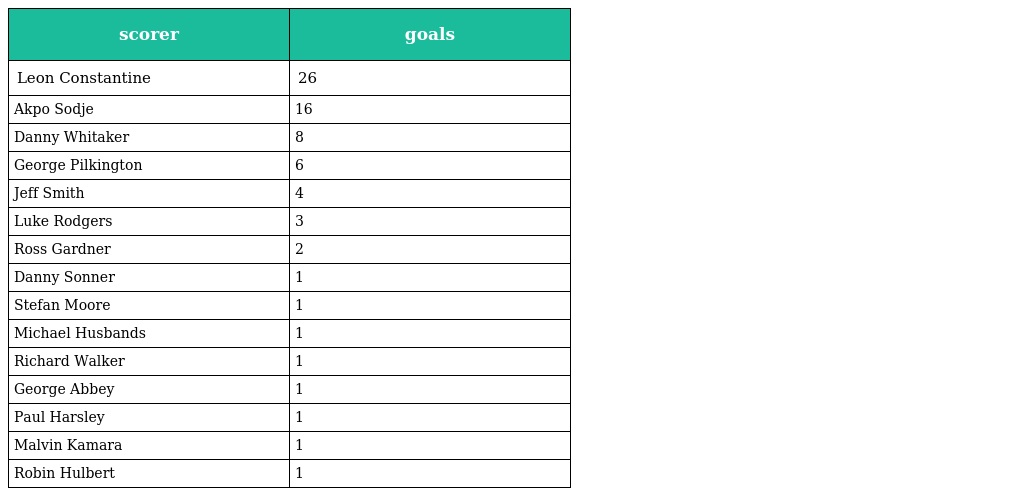
| scorer | goals |
 | --- | --- |
 | Leon Constantine | 26 |
 | Akpo Sodje | 16 |
 | Danny Whitaker | 8 |
 | George Pilkington | 6 |
 | Jeff Smith | 4 |
 | Luke Rodgers | 3 |
 | Ross Gardner | 2 |
 | Danny Sonner | 1 |
 | Stefan Moore | 1 |
 | Michael Husbands | 1 |
 | Richard Walker | 1 |
 | George Abbey | 1 |
 | Paul Harsley | 1 |
 | Malvin Kamara | 1 |
 | Robin Hulbert | 1 |